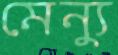
মেন্যু